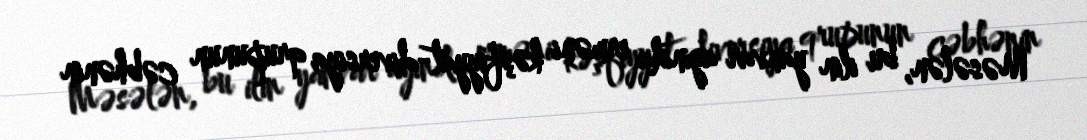
Məsələn, bu ilin yanvar ayında erməni kəşfiyyat-diversiya qrupunun cəbhənin